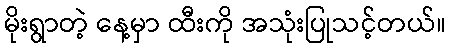
မိုးရွာတဲ့ နေ့မှာ ထီးကို အသုံးပြုသင့်တယ်။